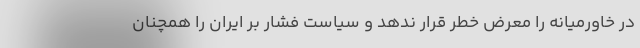
در خاورمیانه را معرض خطر قرار ندهد و سیاست فشار بر ایران را همچنان